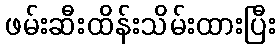
ဖမ်းဆီးထိန်းသိမ်းထားပြီး